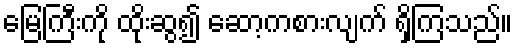
မြေကြီးကို ထိုးဆွ၍ ဆော့ကစားလျက် ရှိကြသည်။